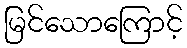
မြင်သောကြောင့်